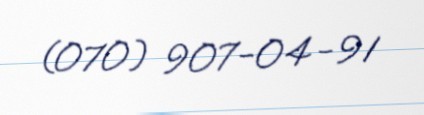
(070) 907-04-91